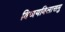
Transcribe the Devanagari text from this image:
विजयविलासमु